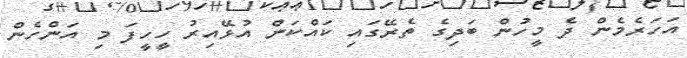
އަހަރެމެން ދެ މީހުން ބަދިގެ ތެރޭގައި ކައްކަން އުޅޭއިރު ހީހީފަ މި އަންހެން